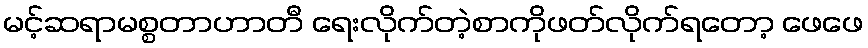
မင့်ဆရာမစ္စတာဟာတီ ရေးလိုက်တဲ့စာကိုဖတ်လိုက်ရတော့ ဖေဖေ